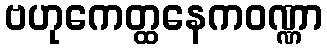
ဗဟုကေတ္ထနေကဝဏ္ဏာ